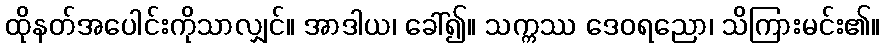
ထိုနတ်အပေါင်းကိုသာလျှင်။ အာဒါယ၊ ခေါ်၍။ သက္ကဿ ဒေဝရညော၊ သိကြားမင်း၏။